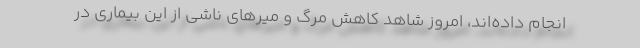
انجام داده‌اند، امروز شاهد کاهش مرگ و میرهای ناشی از این بیماری در